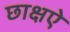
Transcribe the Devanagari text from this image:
छाक्षऐ